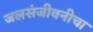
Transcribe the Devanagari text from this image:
जलसंजीवनीचा